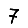
Digit: 7